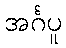
အင်္ဂပူ